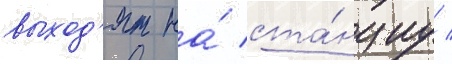
выход'ят на́ ста́нциу /